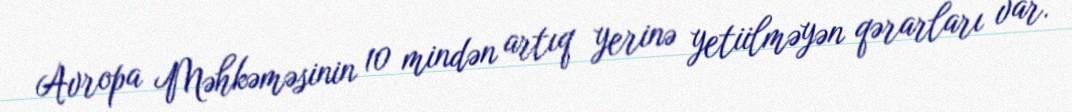
Avropa Məhkəməsinin 10 mindən artıq yerinə yetiilməyən qərarları var.